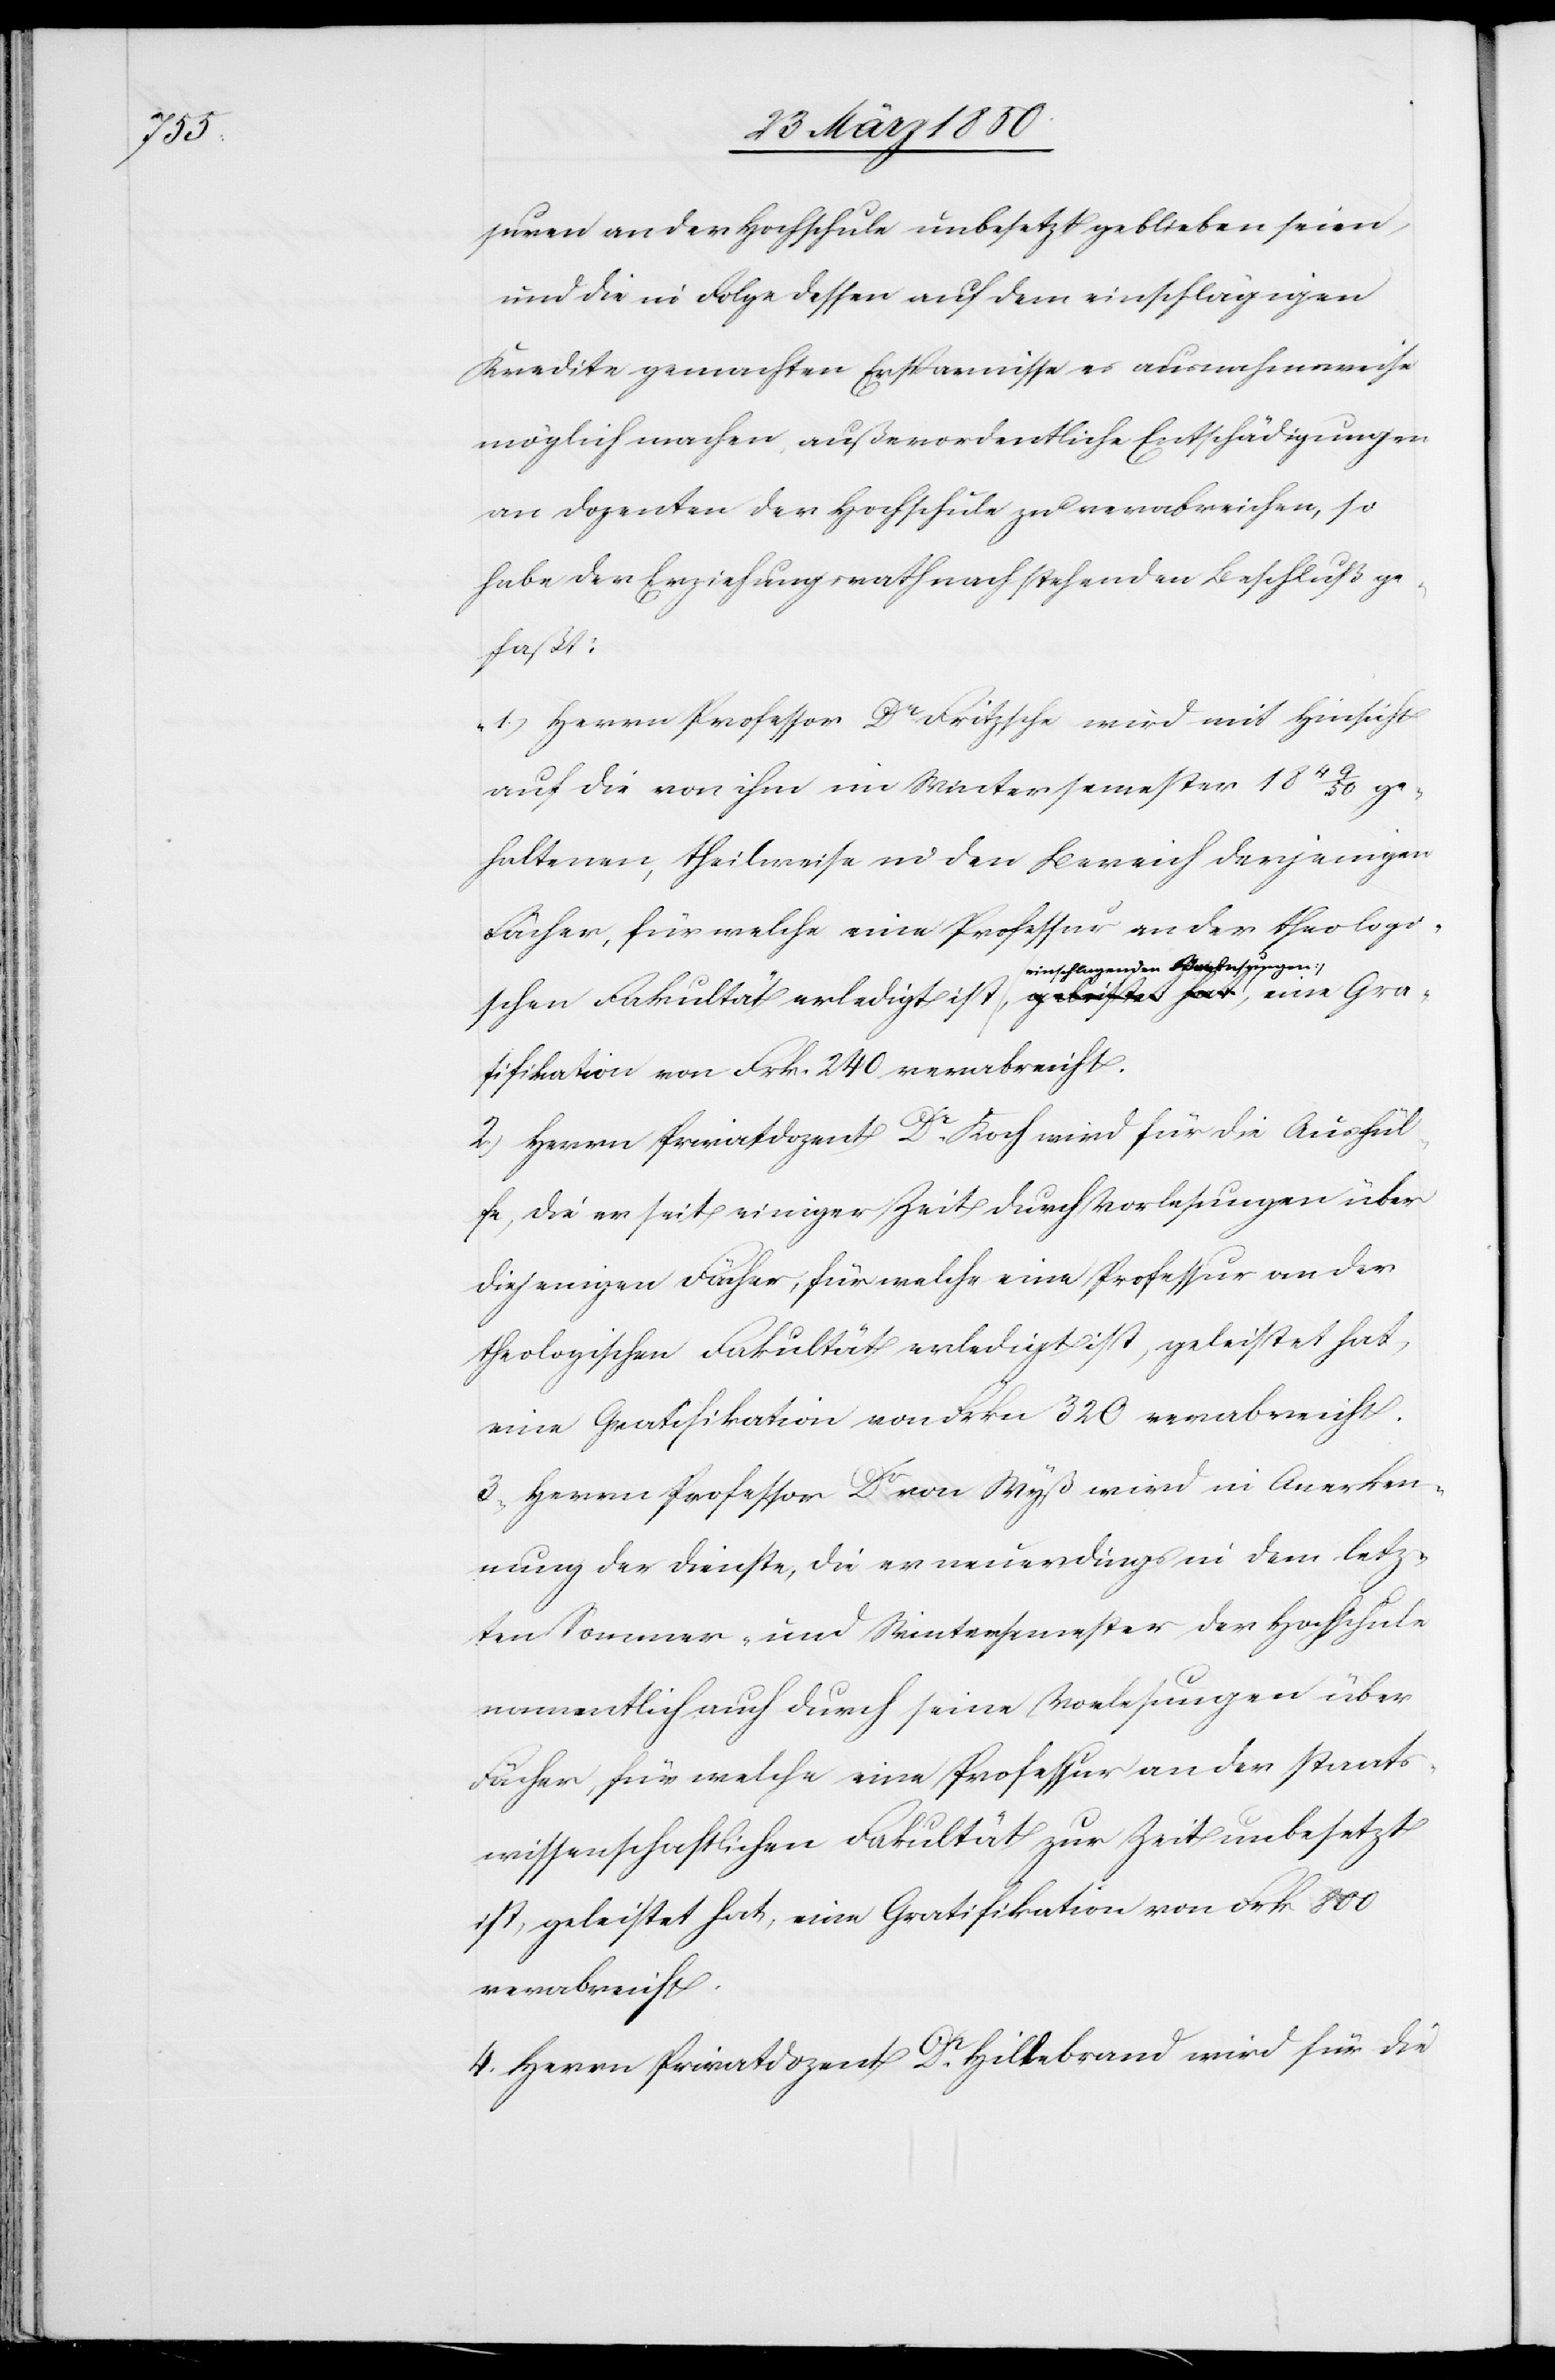
suren an der Hochschule unbesetzt geblieben seien,
und die in Folgedessen auf dem einschlägigen
Kredite gemachten Ersparnisse es ausnahmsweise
möglich machen, außerordentliche Entschädigungen
an Dozenten der Hochschule zu verabreichen, so
habe der Erziehungsrath nachstehenden Beschluß ge¬
faßt:
„1.) Herrn Professor Dr Fritzsche wird mit Hinsicht
auf die von ihm im Wintersemester 1849/50 ge¬
haltenen, theilweise in den Bereich derjenigen
Fächer, für welche eine Professur an der theologi¬
schen Fakultät erledigt ist einschlagenden
2.) Herrn Privatdozent Dr Koch wird für die Aushül¬
fe, die er seit einiger Zeit durch Vorlesungen über
diejenigen Fächer, für welche eine Professur an der
theologischen Fakultät erledigt ist, geleistet hat,
eine Gratifikation von Frkn 320 verabreicht.
3. Herrn Professor Dr von Wyß wird in Anerken¬
nung der Dienste, die er neuerdings in dem letz¬
ten Sommer- und Wintersemester der Hochschule
namentlich auch durch seine Vorlesungen über
Fächer, für welche eine Professur an der staats¬
wissenschaftlichen Fakultät zur Zeit unbesetzt
ist, geleistet hat, eine Gratifikation von Frk 800
verabreicht.
4. Herrn Privatdozent Dr Hiltebrand wird für die